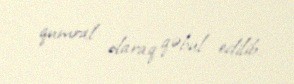
qumral olaraq qəbul edilib.